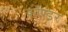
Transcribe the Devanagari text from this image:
कॉण्डर